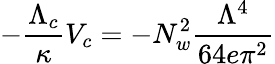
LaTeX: -\frac{\Lambda_{c}}{\kappa}V_{c}=-N_{w}^{2}\frac{\Lambda^{4}}{64e\pi^{2}}